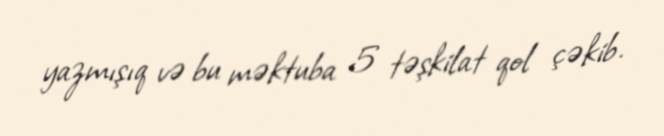
yazmışıq və bu məktuba 5 təşkilat qol çəkib.